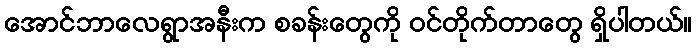
အောင်ဘာလေရွာအနီးက စခန်းတွေကို ဝင်တိုက်တာတွေ ရှိပါတယ်။